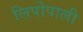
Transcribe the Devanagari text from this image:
लिपोपाली